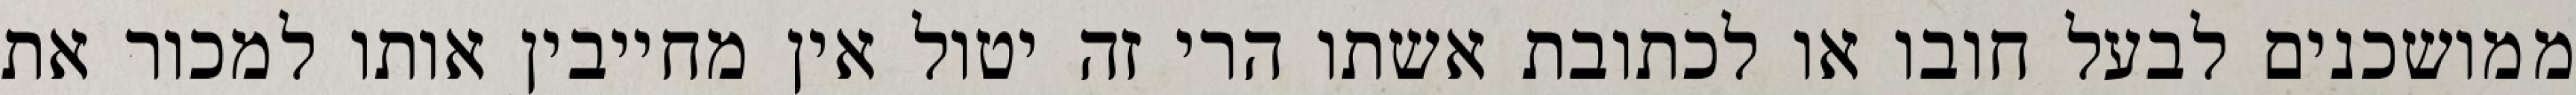
ממושכנים לבעל חובו או לכתובת אשתו הרי זה יטול אין מחייבין אותו למכור את